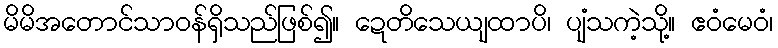
မိမိအတောင်သာဝန်ရှိသည်ဖြစ်၍။ ဍေတိသေယျထာပိ၊ ပျံသကဲ့သို့။ ဧဝံမေဝံ၊